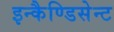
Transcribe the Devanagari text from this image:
इन्कैण्डिसेन्ट